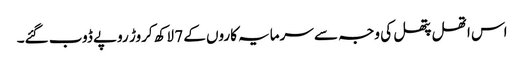
اس اتھل پتھل کی وجہ سے سرمایہ کاروں کے 7 لاکھ کروڑ روپے ڈوب گئے۔